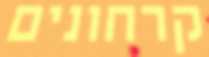
קרחונים